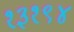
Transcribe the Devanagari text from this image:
१३१९४